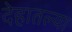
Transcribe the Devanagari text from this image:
देहातल्या